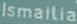
Ismailia